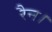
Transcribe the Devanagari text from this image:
रैन।